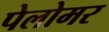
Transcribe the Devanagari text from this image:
पेलोमर